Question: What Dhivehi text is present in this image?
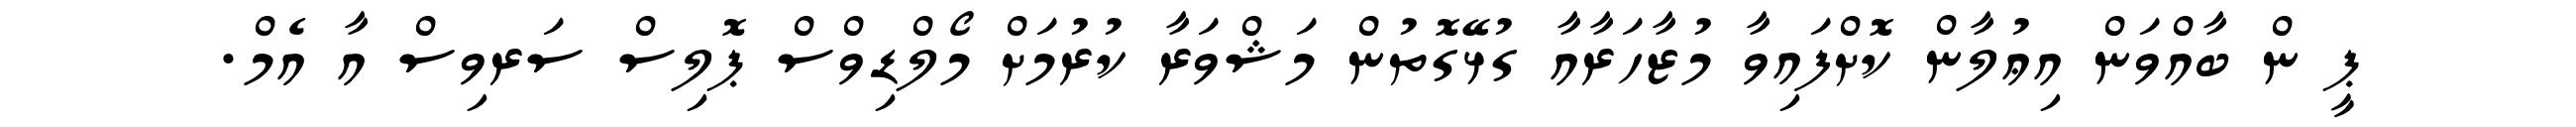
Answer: ޕީ ން ބާއްވަން އިޢުލާން ކޮށްފައިވާ މުޒާހަރާއާ ގުޅޭގޮތުން މަޝްވަރާ ކުރުމަށް މޯލްޑިވްސް ޕޮލިސް ސަރވިސް އާ އެމް.